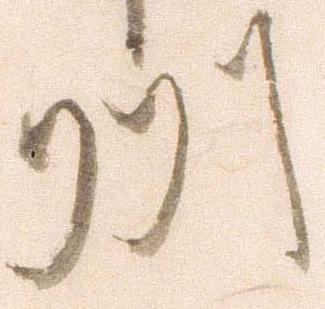
州